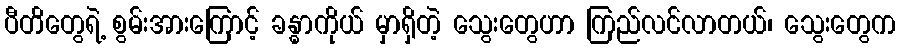
ပီတိတွေရဲ့ စွမ်းအားကြောင့် ခန္ဓာကိုယ် မှာရှိတဲ့ သွေးတွေဟာ ကြည်လင်လာတယ်၊ သွေးတွေက